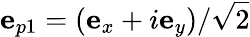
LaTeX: {\mathbf e}_{p1}=({\mathbf e}_{x}+i{\mathbf e}_{y})/\sqrt{2}